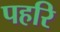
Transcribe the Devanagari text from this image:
पहरि